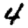
Digit: 4